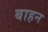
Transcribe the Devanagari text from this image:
बाहन